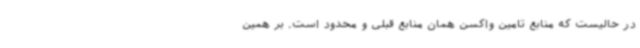
در حالیست که منابع تامین واکسن همان منابع قبلی و محدود است. بر همین